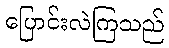
ပြောင်းလဲကြသည်